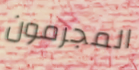
المجرمون